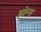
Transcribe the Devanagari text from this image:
झोन्स